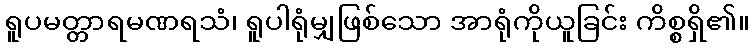
ရူပမတ္တာရမဏရသံ၊ ရူပါရုံမျှဖြစ်သော အာရုံကိုယူခြင်း ကိစ္စရှိ၏။